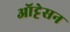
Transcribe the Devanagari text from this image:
ऑट्टेसन